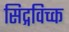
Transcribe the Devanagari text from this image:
सिद्गविच्क